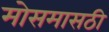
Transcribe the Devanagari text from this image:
मोसमासठी